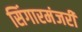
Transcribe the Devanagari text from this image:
सिंगारमंजरी